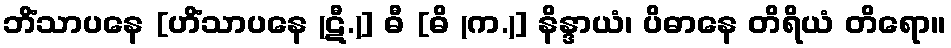
ဘိံသာပနေ [ဟိံသာပနေ (ဋီ.)] ဓီ [ဓိ (က.)] နိန္ဒာယံ၊ ပိဓာနေ တိရိယံ တိရော။